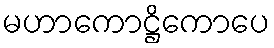
မဟာကောဋ္ဌိကောပေ